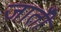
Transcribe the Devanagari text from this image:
जातीँ